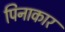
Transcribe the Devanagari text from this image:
पिनाकार